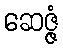
ဆေဇ္ဇံ